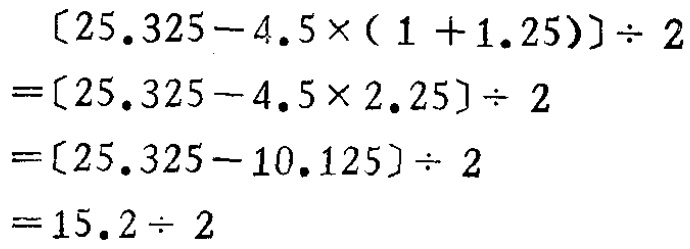
\[
\begin{align*}
&[25.325 - 4.5\times(1 + 1.25)]\div2\\
=&[25.325 - 4.5\times2.25]\div2\\
=&[25.325 - 10.125]\div2\\
=&15.2\div2
\end{align*}
\]